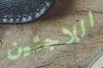
اللاجئين